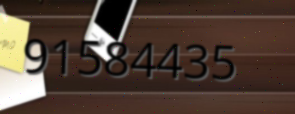
91584435